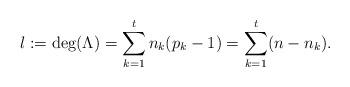
LaTeX: \begin{align*}\l:=\mathrm{deg}(\Lambda)=\sum_{k=1}^t n_k(p_k-1)=\sum_{k=1}^t (n-n_k).\end{align*}